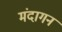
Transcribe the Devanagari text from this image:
मंदागन